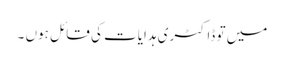
میں تو ڈاکٹری ہدایات کی قائل ہوں ۔